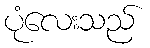
ပုံလေးသည်